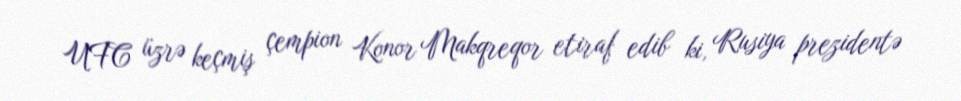
UFC üzrə keçmiş çempion Konor Makqreqor etiraf edib ki, Rusiya prezidentə